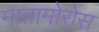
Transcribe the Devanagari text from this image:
मातामोरोस